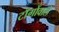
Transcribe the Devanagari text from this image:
टाँगोंवाले